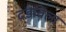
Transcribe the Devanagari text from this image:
दडविला